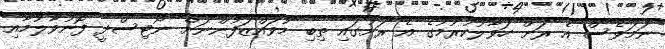
ނަމަވެސް އެ ރަށް ހަވާލުކުރުމުގެ އެ ރަށުގައި ތިބި މުވައްޒަފުންނަށް ނޯޓިސްދީ ފޮނުވާލުމާއި